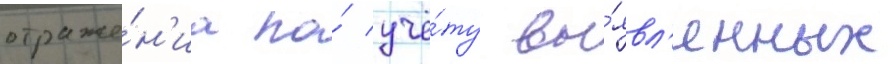
отраже́н'иа по́ учё́ту вы́явл'енных